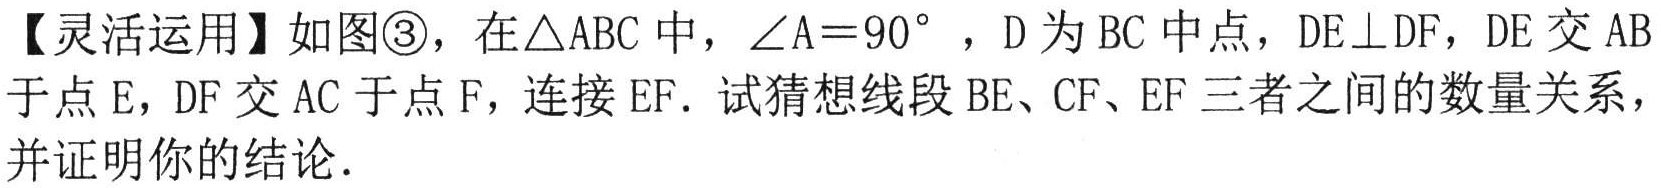
【灵活运用】如图\textcircled{3}，在\(\triangle ABC\)中，\(\angle A = 90^{\circ}\)，\(D\)为\(BC\)中点，\(DE\perp DF\)，\(DE\)交\(AB\)于点\(E\)，\(DF\)交\(AC\)于点\(F\)，连接\(EF\)．试猜想线段\(BE、CF、EF\)三者之间的数量关系，并证明你的结论．